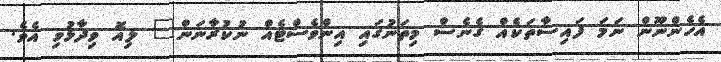
އެހެންނޫން ނަމަ ފައިސާތަކެއް ގެނެސް މިތަނުގައި އިންވެސްޓެއް ނުކުރާނަން" ލިއޮ ވިދާޅުވި އެވެ.